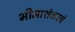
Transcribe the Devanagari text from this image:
भीमाशंकरचं